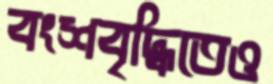
বংশবৃদ্ধিতেও